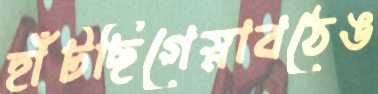
হাঁটছিগেস্নাবঠেঙ